Lunatic asylums Madras 1877-1891 - 1877-1891
Year: 1877
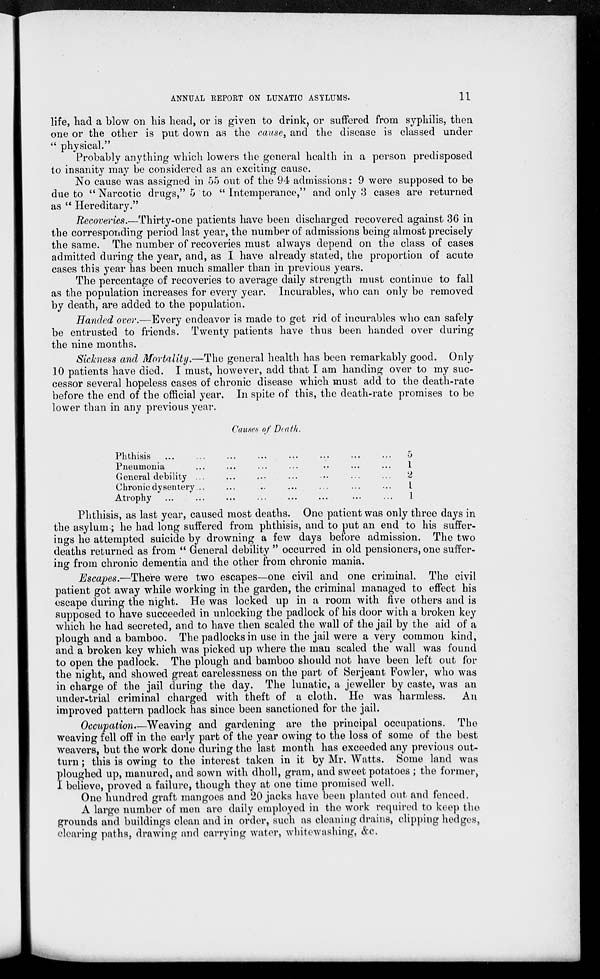
ANNUAL REPORT ON LUNATIC ASYLUMS.
11
life, had a blow on his head, or is given to drink, or suffered from syphilis, then
one or the other is put down as the cause, and the disease is classed under
" physical.''
Probably anything which lowers the general health in a person predisposed
to insanity may be considered as an exciting cause.
No cause was assigned in 55 out of the 94 admissions: 9 were supposed to be
due to " Narcotic drugs," 5 to " Intemperance," and only 3 cases are returned
as " Hereditary."
Recoveries.—Thirty-one patients have been discharged recovered against 36 in
the corresponding period last year, the number of admissions being almost precisely
the same. The number of recoveries must always depend on the class of cases
admitted during the year, and, as I have already stated, the proportion of acute
cases this year has been much smaller than in previous years.
The percentage of recoveries to average daily strength must continue to fall
as the population increases for every year. Incurables, who can only be removed
by death, are added to the population.
Handed over.—Every endeavor is made to get rid of incurables who can safely
be entrusted to friends. Twenty patients have thus been handed over during
the nine months.
Sickness and Mortality.—The general health has been remarkably good. Only
10 patients have died. I must, however, add that I am handing over to my suc-
cessor several hopeless cases of chronic disease which must add to the death-rate
before the end of the official year. In spite of this, the death-rate promises to be
lower than in any previous year.
Causes of Death.
Phthisis ... ... ... ... ... ... ... ...
Pneumonia ... ... ... ... ... ... ...
General debility ... ... ... ... ... ...
Chronic dysentery... ... ... ... ... ...
Atrophy ... .. ... ... ... ... ... ...
5
1
2
1
1
Phthisis, as last year, caused most deaths. One patient was only three days in
the asylum; he had long suffered from phthisis, and to put an end to his suffer-
ings he attempted suicide by drowning a few days before admission. The two
deaths returned as from " General debility " occurred in old pensioners, one suffer-
ing from chronic dementia and the other from chronic mania.
Escapes.—There were two escapes—one civil and one criminal. The civil
patient got away while working in the garden, the criminal managed to effect his
escape during the night. He was locked up in a room with five others and is
supposed to have succeeded in unlocking the padlock of his door with a broken key
which he had secreted, and to have then scaled the wall of the jail by the aid of a
plough and a bamboo. The padlocks in use in the jail were a very common kind,
and a broken key which was picked up where the man scaled the wall was found
to open the padlock. The plough and bamboo should not have been left out for
the night, and showed great carelessness on the part of Serjeant Fowler, who was
in charge of the jail during the day. The lunatic, a jeweller by caste, was an
under-trial criminal charged with theft of a cloth. He was harmless. An
improved pattern padlock has since been sanctioned for the jail.
Occupation.—Weaving and gardening are the principal occupations. The
weaving fell off in the early part of the year owing to the loss of some of the best
weavers, but the work done during the last month has exceeded any previous out-
turn ; this is owing to the interest taken in it by Mr. Watts. Some land was
ploughed up, manured, and sown with dholl, gram, and sweet potatoes ; the former,
I believe, proved a failure, though they at one time promised well.
One hundred graft mangoes and 20 jacks have been planted out and fenced.
A large number of men are daily employed in the work required to keep the
grounds and buildings clean and in order, such as cleaning drains, clipping hedges,
clearing paths, drawing and carrying water, whitewashing, &c.